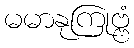
မမာနုကြုဗ္ဗံ